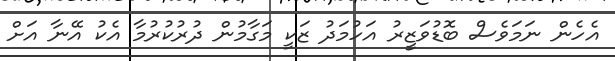
އެހެން ނަމަވެސް ބޮޑުވަޒީރު އަހުމަދު ޒަކީ މަގާމުން ދުރުކުރުމާ އެކު އޭނާ އަށް